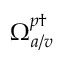
\Omega _ { a / v } ^ { p \dagger }